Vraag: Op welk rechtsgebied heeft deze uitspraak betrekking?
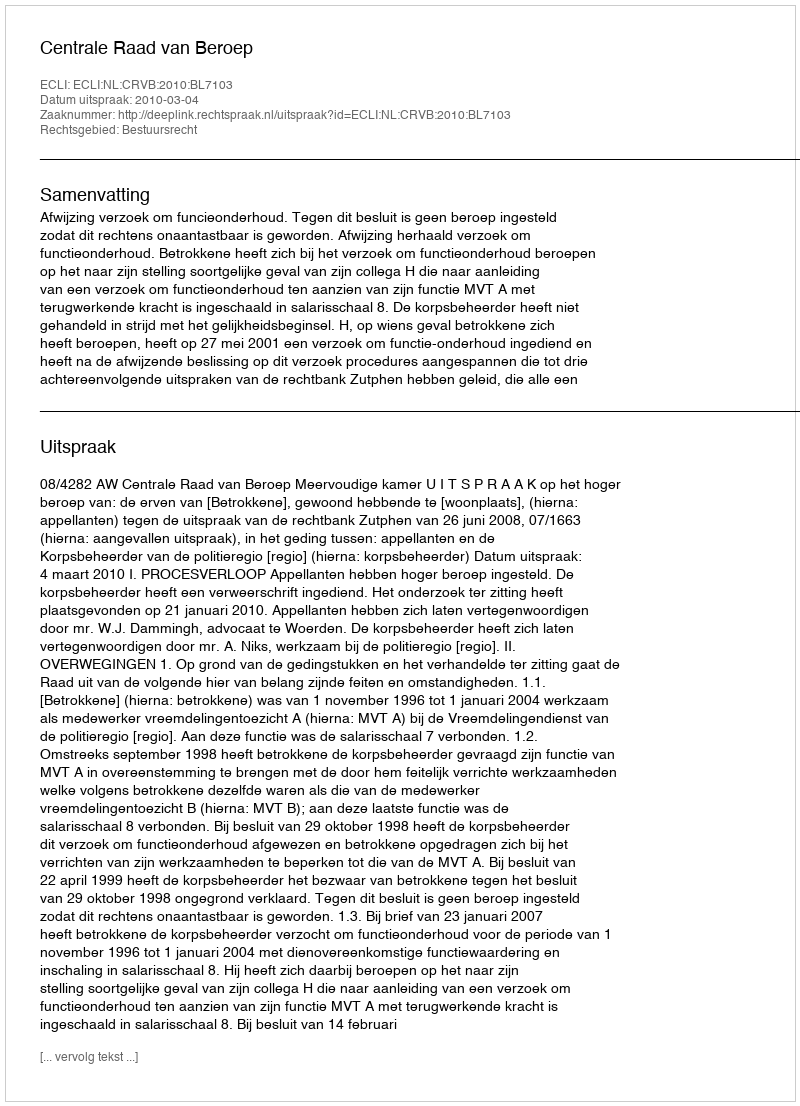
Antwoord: Bestuursrecht